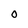
Character: O